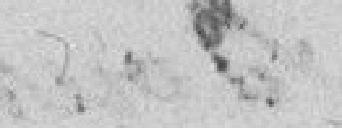
de Belfort a délibéré que l'adresse suivante